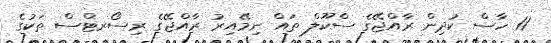
11 ހާސް ކުދިން ރާއްޖޭގެ ސްކޫލް ތައް ނިމޭއިރު ރާއްޖޭގެ ރިސޯރޓްސް ތަކުގެ